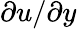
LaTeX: \partial u/\partial y